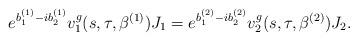
LaTeX: \begin{align*}e^{b_1^{(1)}-ib_2^{(1)} }v_1^g(s,\tau,\beta^{(1)}) J_1=e^{b_1^{(2)}-ib_2^{(2)}}v_2^g(s,\tau,\beta^{(2)}) J_2.\end{align*}